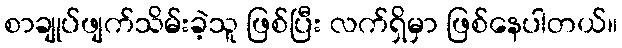
စာချုပ်ဖျက်သိမ်းခဲ့သူ ဖြစ်ပြီး လက်ရှိမှာ ဖြစ်နေပါတယ်။